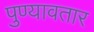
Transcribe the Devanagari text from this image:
पुण्यावतार